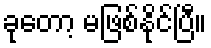
ခုတော့ မဖြစ်နိုင်ပြီ။